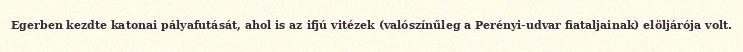
Egerben kezdte katonai pályafutását, ahol is az ifjú vitézek (valószínűleg a Perényi-udvar fiataljainak) elöljárója volt.